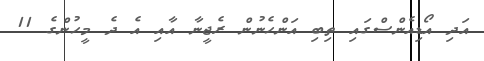
އަދި އޯޑިއެންސްގައި ތިބި އަންހެނުން ރެޖީނާ އާއި އެ ދެ މީހުންގެ 11